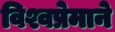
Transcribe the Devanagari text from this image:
विश्वप्रेमाने